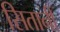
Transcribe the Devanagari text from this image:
सितानी